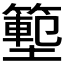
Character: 𭐃